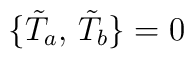
\bigl\{\tilde T_a,\,\tilde T_b\bigr\}=0